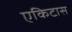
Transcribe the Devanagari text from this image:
एकिटास